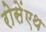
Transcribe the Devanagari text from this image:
रोसेंएथ